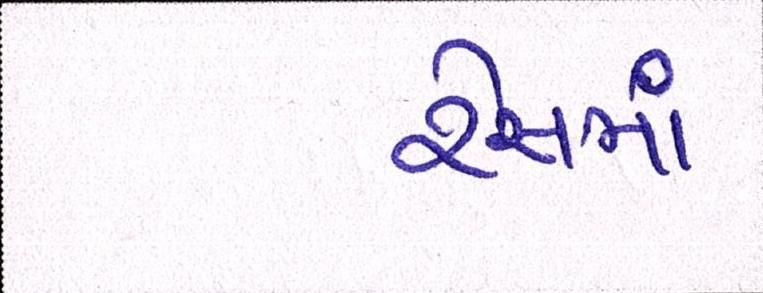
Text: રેસમાં